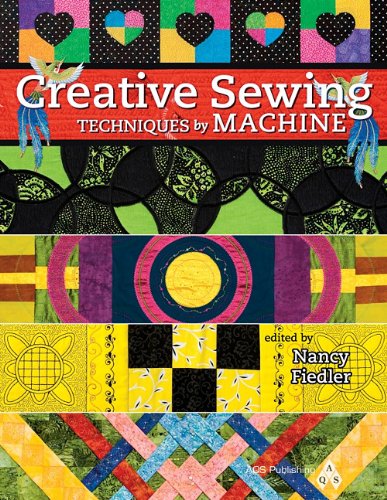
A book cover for Creative Sewing Techniques by Machine; Fiedler; Crafts, Hobbies & Home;